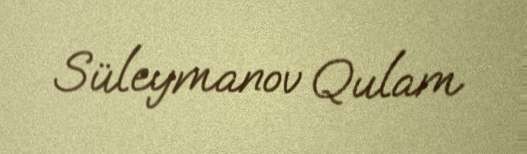
Süleymanov Qulam